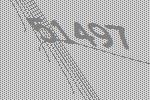
51497